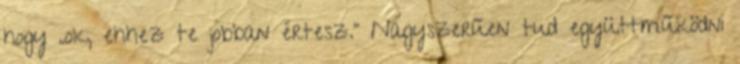
hogy „ok, ehhez te jobban értesz.” Nagyszerűen tud együttműködni